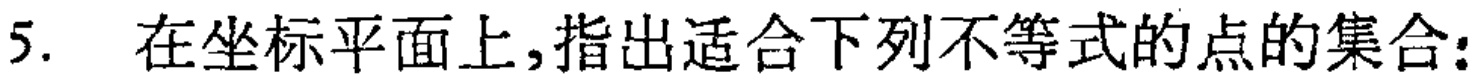
5. 在坐标平面上,指出适合下列不等式的点的集合: